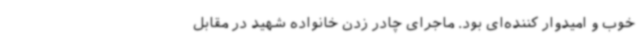
خوب و امیدوار کننده‌ای بود. ماجرای چادر زدن خانواده شهید در مقابل